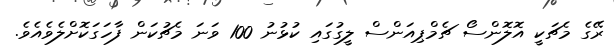
ރޭގެ މެޗަކީ އޮލޮންސޯ ޗެމްޕިއަންސް ލީގުގައި ކުޅުނު 100 ވަނަ މެޗުކަން ފާހަގަކޮށްލެވެއެވެ.